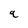
Character: e